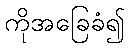
ကိုအခြေခံ၍